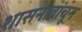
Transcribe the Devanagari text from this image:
शासनावांचून